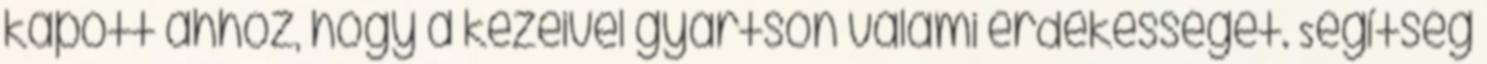
kapott ahhoz, hogy a kezeivel gyártson valami érdekességet. Segítség